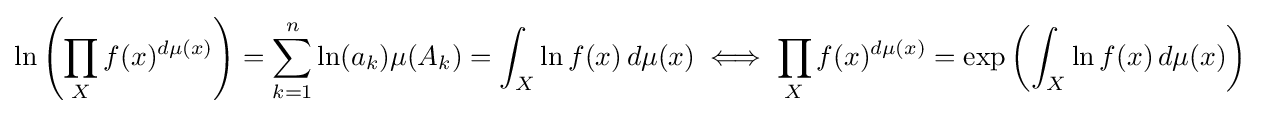
\ln \left(\prod _{X}f(x)^{d\mu (x)}\right)=\sum _{k=1}^{n}\ln(a_{k})\mu (A_{k})=\int _{X}\ln f(x)\,d\mu (x)\iff \prod _{X}f(x)^{d\mu (x)}=\exp \left(\int _{X}\ln f(x)\,d\mu (x)\right)